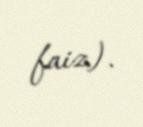
faiz).